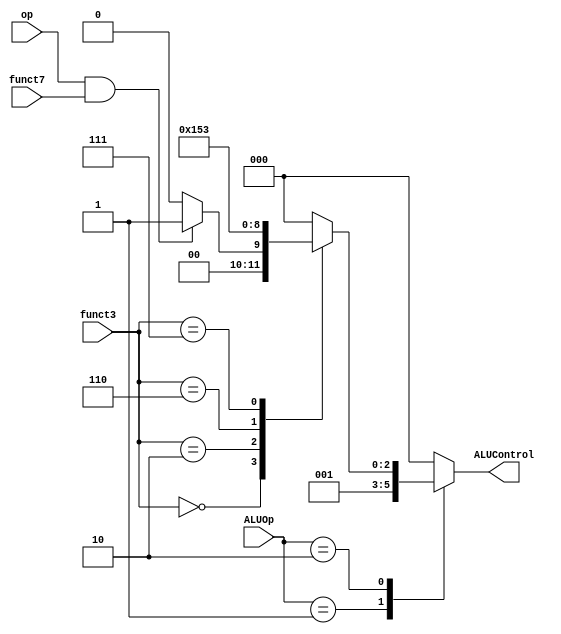
module ALU_Decoder #(parameter W = 32)(
    input [1:0] ALUOp,
    input op,
    input [2:0] funct3,
    input funct7,
    output reg [2:0] ALUControl
);

always @(*) begin
    case (ALUOp)
        2'b00 : ALUControl = 3'b000;
        2'b01 : ALUControl = 3'b001;
        2'b10 : begin 
            case (funct3)
                3'b000 : begin if((op == 1) && (funct7 == 1))
                                    ALUControl = 3'b001;
                                else
                                    ALUControl = 3'b000;
                        end
                3'b010 : ALUControl = 3'b101;
                3'b110 : ALUControl = 3'b010;
                3'b111 : ALUControl = 3'b011;
                default : ALUControl = 3'b000;
            endcase
        end
        default : ALUControl = 3'b000;
    endcase
end
endmodule